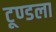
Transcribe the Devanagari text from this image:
टूण्‍डला